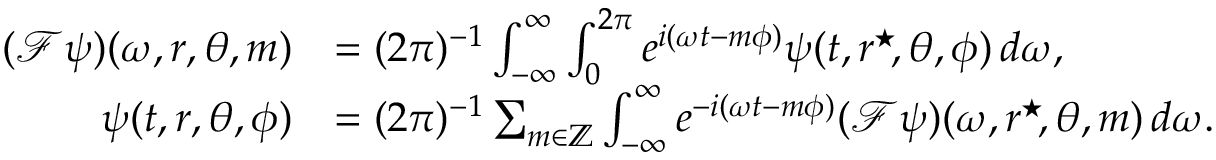
\begin{array} { r l } { ( \mathcal { F } \psi ) ( \omega , r , \theta , m ) } & { = ( 2 \pi ) ^ { - 1 } \int _ { - \infty } ^ { \infty } \int _ { 0 } ^ { 2 \pi } e ^ { i ( \omega t - m \phi ) } \psi ( t , r ^ { \star } \! , \theta , \phi ) \, d \omega , } \\ { \psi ( t , r , \theta , \phi ) } & { = ( 2 \pi ) ^ { - 1 } \sum _ { m \in \mathbb { Z } } \int _ { - \infty } ^ { \infty } e ^ { - i ( \omega t - m \phi ) } ( \mathcal { F } \psi ) ( \omega , r ^ { \star } \! , \theta , m ) \, d \omega . } \end{array}